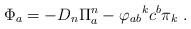
LaTeX: \begin{align*}\Phi_{a} = -D_{n} \Pi_{a}^{n} - {\varphi_{ab}}^{k} c^{b} \pi_{k}~.\end{align*}